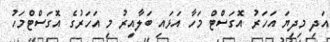
އަދި މިދިޔަ އަހަރު އޮގަސްޓް މަހާ އަޅައި ބަލާއިރު މި އަހަރުގެ އޮގަސްޓްމަހު